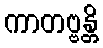
ကာတဗ္ဗန္တိ